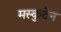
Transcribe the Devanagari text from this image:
मस्कुटेन